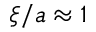
\xi / a \approx 1